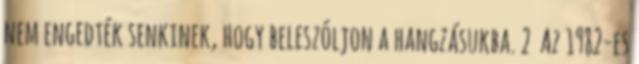
nem engedték senkinek, hogy beleszóljon a hangzásukba. 2 Az 1982-es